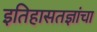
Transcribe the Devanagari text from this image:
इतिहासतज्ञांचा